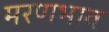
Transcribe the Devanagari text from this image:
मरणभाव